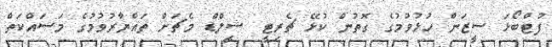
ފުޓްބޯޅަ ސީޒަން ހުޅުވުމުގެ ގޮތުން ކުޅޭ ޗެރިޓީ ޝީލްޑް މެޗަށް ތައްޔާރުވުމުގެ މަސައްކަތް